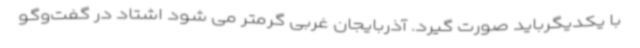
با یکدیگرباید صورت گیرد. آذربایجان غربی گرمتر می شود اشتاد در گفت‌وگو